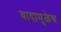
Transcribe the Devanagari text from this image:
वादामुळेच